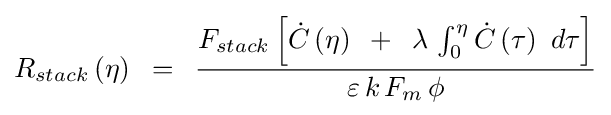
R_{stack}\left(\eta \right)\,\,\,=\,\,\,{{F_{stack}\left[{{\dot {C}}\left(\eta \right)\,\,\,+\,\,\,\lambda \,\int _{0}^{\eta }{{\dot {C}}\left(\tau \right)\,\,d\tau }}\right]} \over {\varepsilon \,k\,F_{m}\,\phi }}